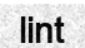
lint